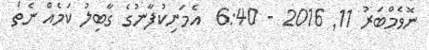
ނޮވެމްބަރު 11